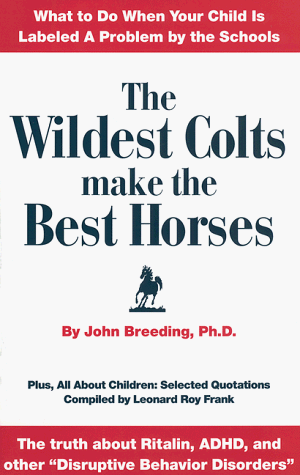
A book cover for The Wildest Colts Make the Best Horses: What to Do When Your Child Is Labeled a Problem by the Schools; John Breeding; Parenting & Relationships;